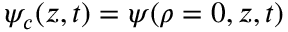
\psi _ { c } ( z , t ) = \psi ( \rho = 0 , z , t )